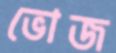
ভোজ